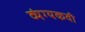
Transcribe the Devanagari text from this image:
व्यंग्यकवी